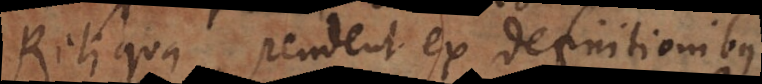
Reliqua pendent ex definitionibus.